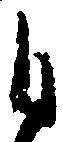
自